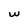
Character: W